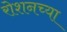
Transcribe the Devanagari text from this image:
रोशनच्या